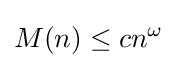
M(n)\leq cn^{\omega }